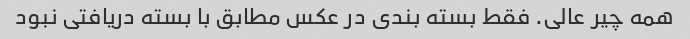
همه چیر عالی. فقط بسته بندی در عکس مطابق با بسته دریافتی نبود